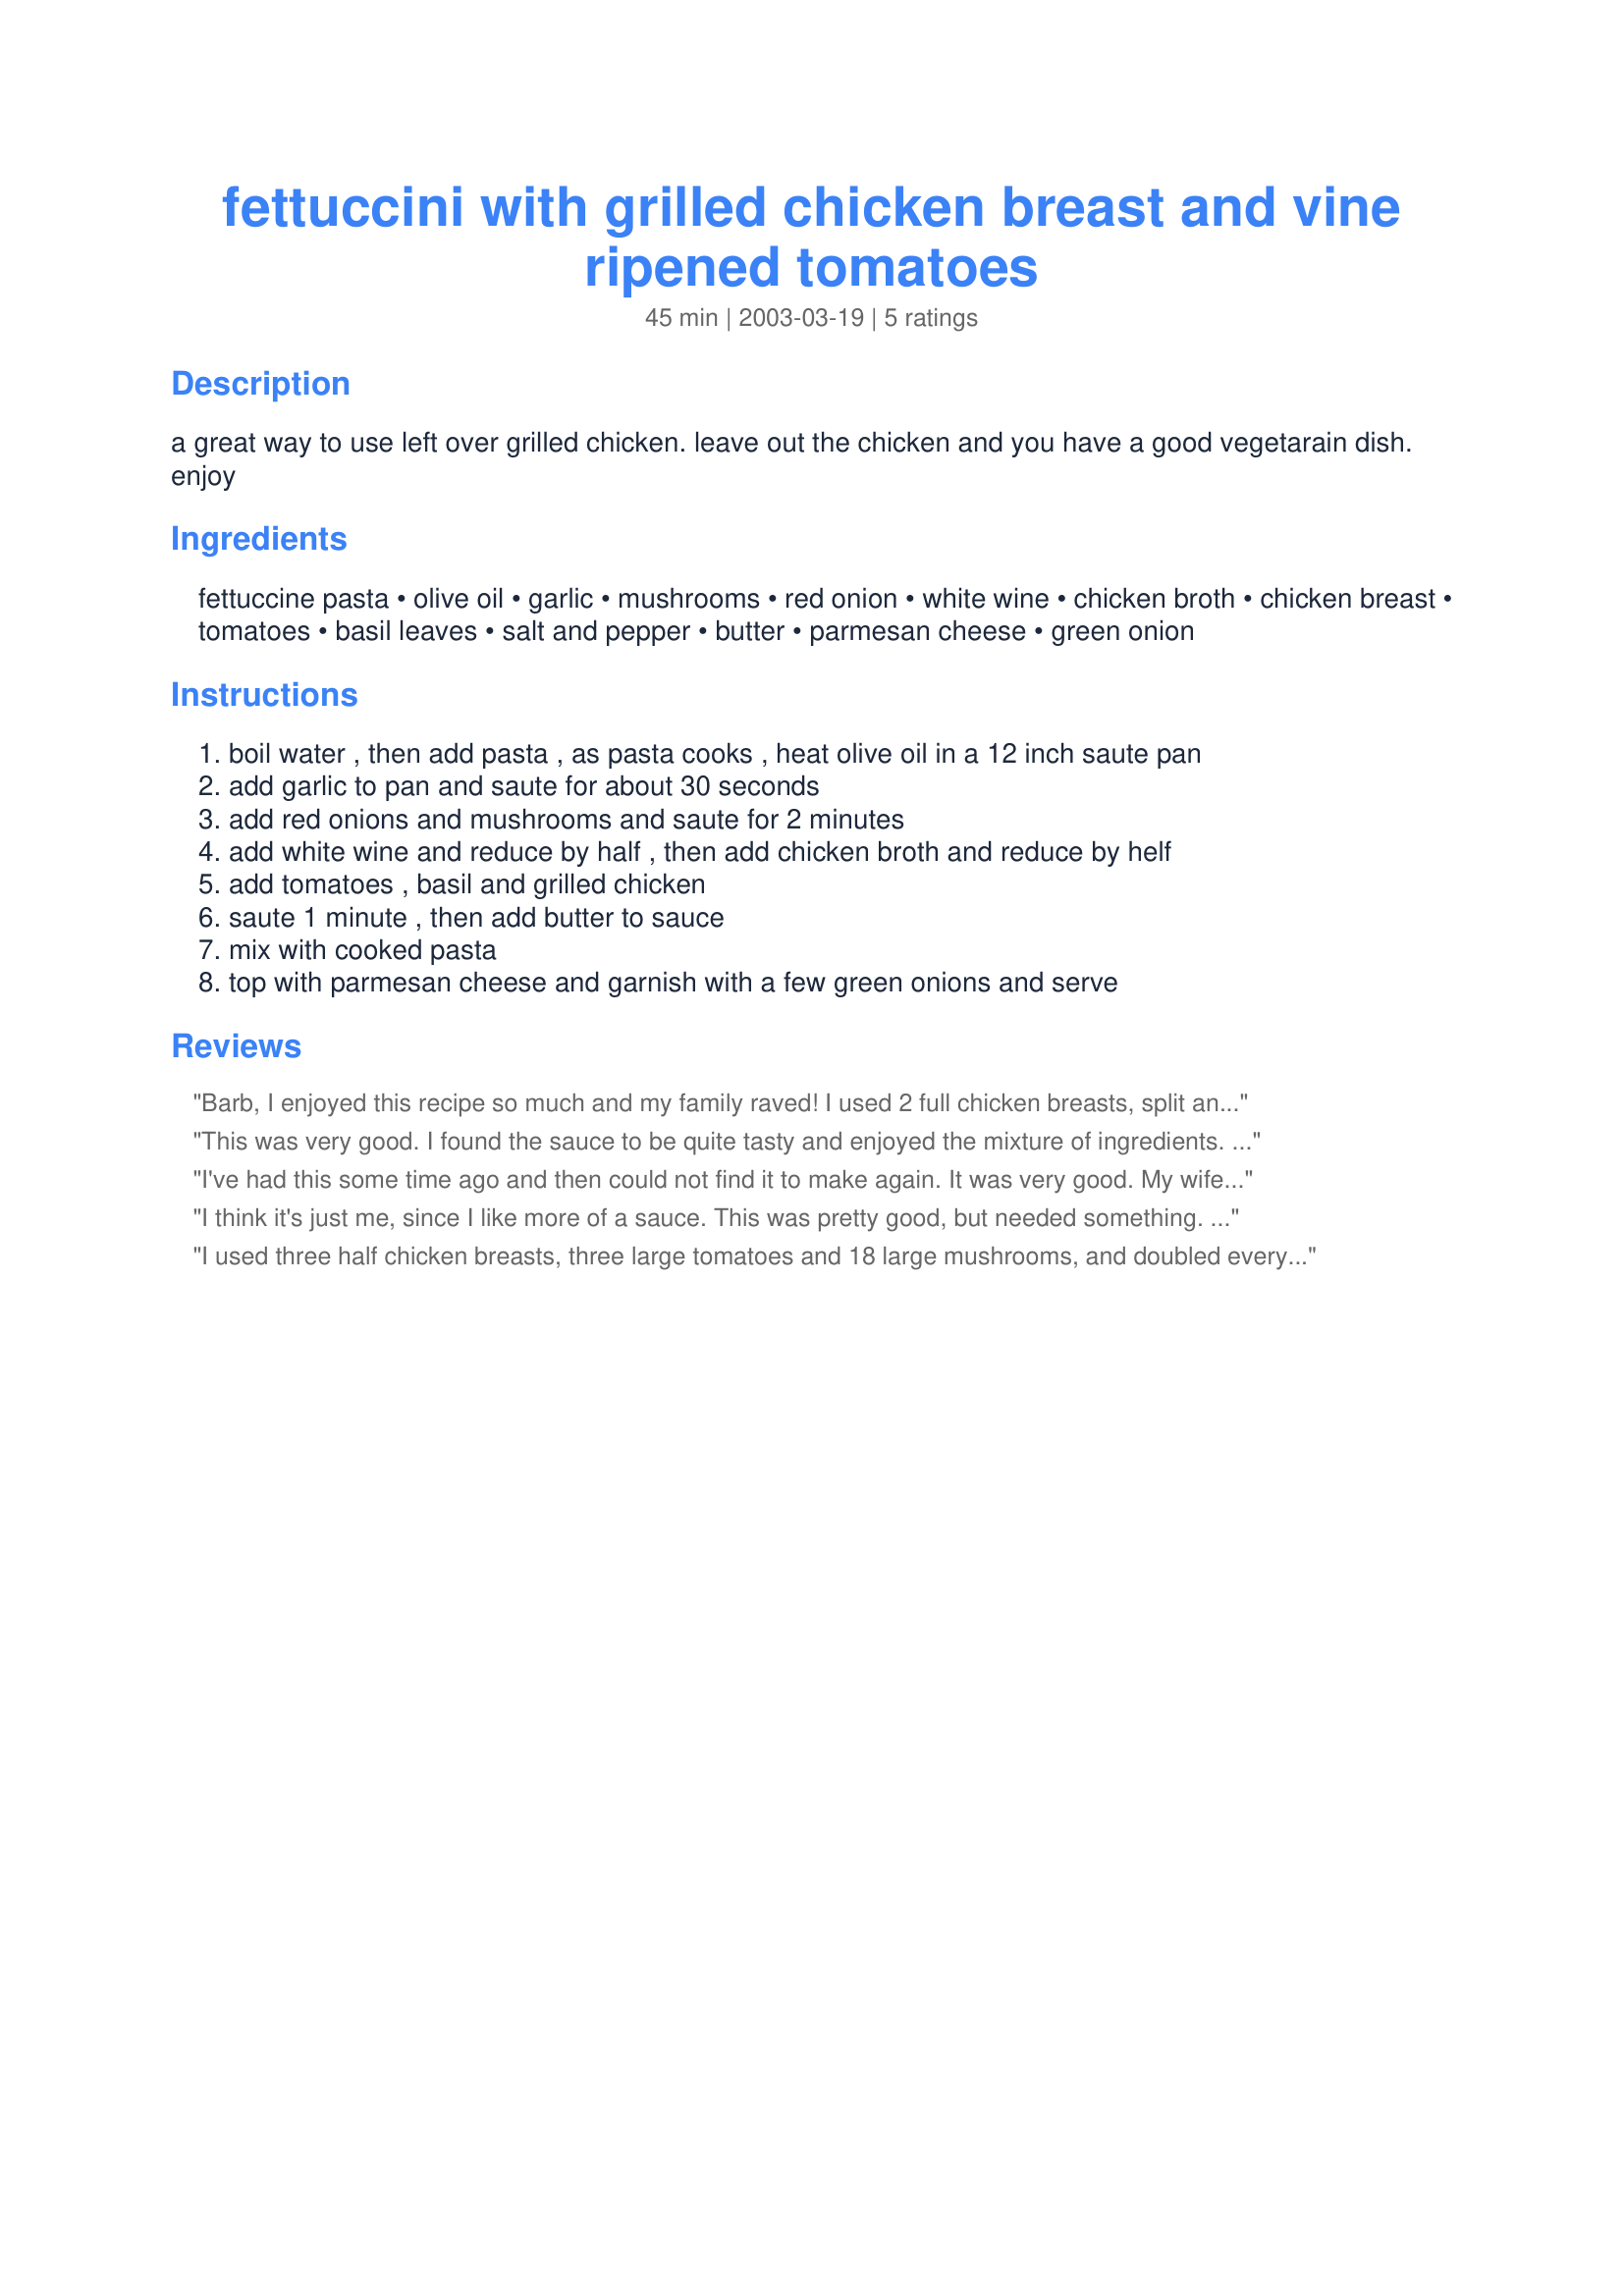
fettuccini with grilled chicken breast and vine ripened tomatoes
Preparation time: 45 minutes

a great way to use left over grilled chicken. leave out the chicken and you have a good vegetarain dish. enjoy

Ingredients:
fettuccine pasta, olive oil, garlic, mushrooms, red onion, white wine, chicken broth, chicken breast, tomatoes, basil leaves, salt and pepper, butter, parmesan cheese, green onion

Steps:
boil water , then add pasta , as pasta cooks , heat olive oil in a 12 inch saute pan
add garlic to pan and saute for about 30 seconds
add red onions and mushrooms and saute for 2 minutes
add white wine and reduce by half , then add chicken broth and reduce by helf
add tomatoes , basil and grilled chicken
saute 1 minute , then add butter to sauce
mix with cooked pasta
top with parmesan cheese and garnish with a few green onions and serve

Reviews:
Barb, I enjoyed this recipe so much and my family raved! I used 2 full chicken breasts, split and cut-up into strips and then cooked the chicken in butter and added an extra 1/4 cup of chicken broth instead of using the wine. I used dried basil instead of using fresh. Otherwise, I followed your directions! Thank you so much, Barb, for a recipe I will be using again!
This was very good. I found the sauce to be quite tasty and enjoyed the mixture of ingredients. I was wishing for more mushrooms & tomatoes and much more chicken - there is enough pasta for several servings, but not enough chicken to feed more than 1 serving adequately. Still, a very quick and tasty meal that I would be happy to make again.
I've had this some time ago and then could not find it to make again. It was very good. My wife kept asking me to make but I couldn't find it. Now I have. It's in my cook book as well. Primo!
I think it's just me, since I like more of a sauce. This was pretty good, but needed something. I doubled everything but the pasta, as someone else had done, which made for very interesting flavors. I also added 1 zucchini sliced and quartered and 1/2 a red bell sliced and quartered, which were very nice additions. I imagine you could add about any Veggie on hand and this would work, as it's a very versitile recipe. If I make this again, I will see if adding a small can of crushed tomatoes and/or a small amount of goat cheese don't make the difference for me with my sauce issues. Thanks so much for the recipe!!!
I used three half chicken breasts, three large tomatoes and 18 large mushrooms, and doubled everything else in the recipe except the pasta (used 1/2 pound). My family loved it, although they asked for less onions next time. With these minor modifications, this one's a keeper!
